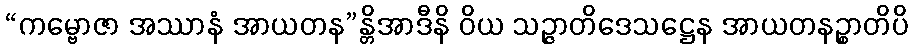
“ကမ္ဗောဇာ အဿာနံ အာယတန”န္တိအာဒီနိ ဝိယ သဉ္ဇာတိဒေသဋ္ဌေန အာယတနဉ္စာတိပိ